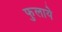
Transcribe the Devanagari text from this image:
फुलाये